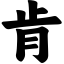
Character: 肯